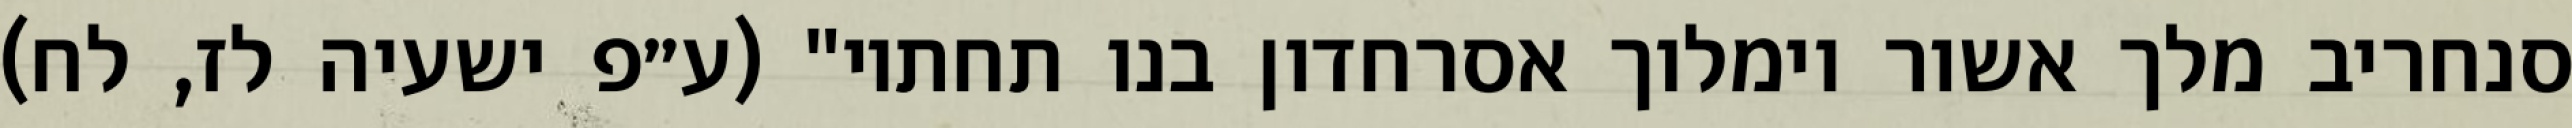
סנחריב מלך אשור וימלוך אסרחדון בנו תחתיו" (ע״פ ישעיה לז, לח)